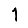
Digit: 1